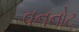
વનનોટ